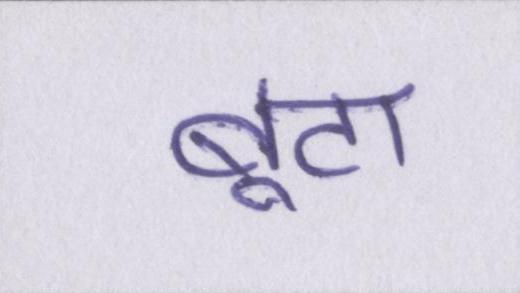
बूटा